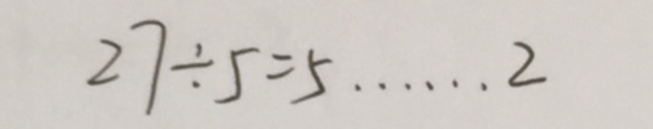
2 7 \div 5 = 5 \cdots 2